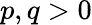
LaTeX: p,q>0